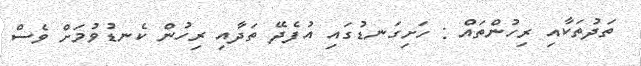
ތަދުތަކާއި ރިހުންތައް : ހަށިގަނޑުގައި އުފެދޭ ތަދާއި ރިހުން ކެނޑުވުމަށް ވެސް